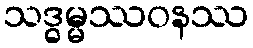
သဒ္ဓမ္မဿဝနဿ